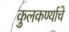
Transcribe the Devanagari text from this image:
कुलकर्ण्याचे